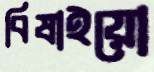
বিষাইয়ো